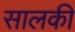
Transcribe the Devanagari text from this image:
सालकी